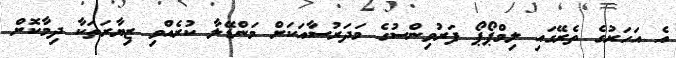
އެ އަހަރުގެ ތެރޭގައި ލިމްޕޯޕޯ ފަރުވިންސުގެ މަދަރުސާއަކަށް މަންޑޭލާ ކުރެއްވި ޒިޔާރަތަކާ ދިމާކޮށް